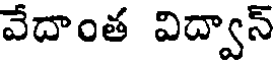
వేదాంత విద్వాన్